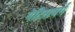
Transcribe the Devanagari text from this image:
गेटिसबर्ग